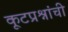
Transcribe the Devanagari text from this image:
कूटप्रश्नांची